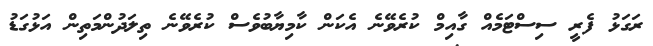
ރަގަޅު ފެރީ ސިސްޓަމެއް ގާއިމް ކުރެވޭނެ އެކަން ކާމިޔާބުވެސް ކުރެވޭނެ ތިލަދުންމަތިން އަޅުގަޑު